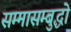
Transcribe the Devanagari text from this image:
सम्मासम्बुद्धो